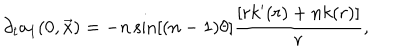
LaTeX: \partial _ { t } a _ { 1 } ( 0 , \vec { x } ) = - n \sin [ ( n - 1 ) \theta ] \frac { [ r k ^ { \prime } ( r ) + n k ( r ) ] } { r } ,